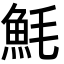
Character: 魹